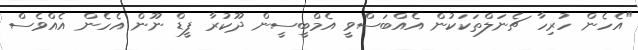
"އެހެން ހުރިހާ ޗެނަލްތަކަކުން އެއްބަސްވީ އެމްބީސީން ދޫކުރާ ފީޑް ނޫން އެހެން އެއްވެސް